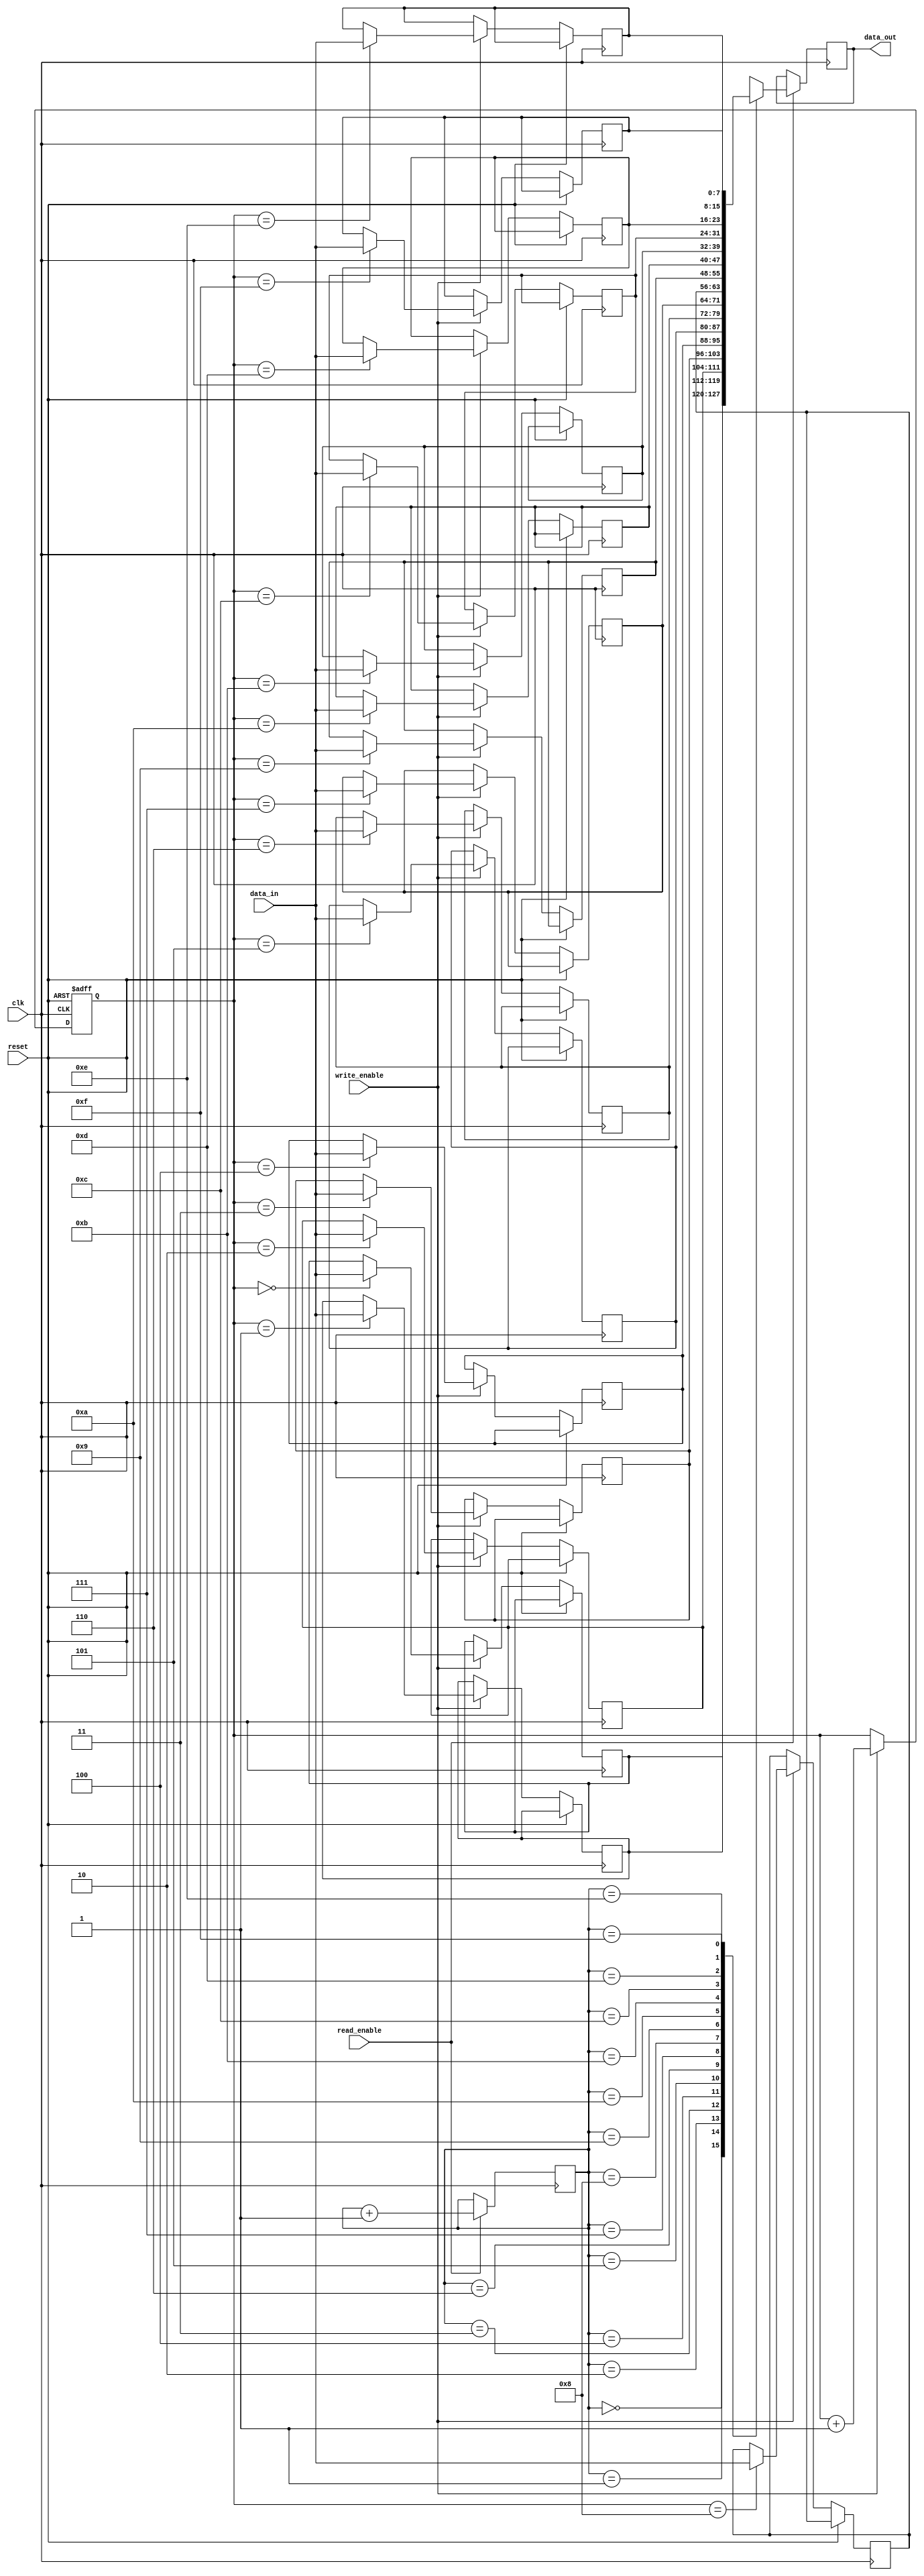
module non_blocking_fifo(
  input wire clk,
  input wire reset,
  input wire write_enable,
  input wire read_enable,
  input wire [DATA_WIDTH-1:0] data_in,
  output reg [DATA_WIDTH-1:0] data_out
);

parameter BUFFER_SIZE = 16; // Define buffer size
parameter DATA_WIDTH = 8; // Define data width

reg [DATA_WIDTH-1:0] buffer[BUFFER_SIZE-1:0];
reg [3:0] write_ptr = 0; // Write pointer
reg [3:0] read_ptr = 0; // Read pointer

// Write operation
always @(posedge clk or posedge reset) begin
  if (reset) begin
    write_ptr <= 0;
  end else if (write_enable) begin
    buffer[write_ptr] <= data_in;
    write_ptr <= write_ptr + 1;
  end
end

// Read operation
always @(posedge clk) begin
  if (read_enable) begin
    data_out <= buffer[read_ptr];
    read_ptr <= read_ptr + 1;
  end
end

endmodule